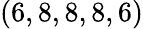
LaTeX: (6,8,8,8,6)